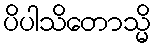
ပိပါသိတောသ္မိ